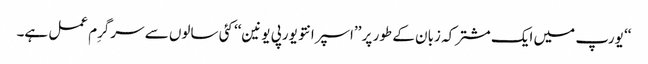
‘‘ یورپ میں ایک مشترکہ زبان کے طور پر ’’اسپرانتو یورپی یونین‘‘ کئی سالوں سے سرگرِم عمل ہے۔